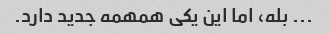
... بله، اما این یکی همهمه جدید دارد.